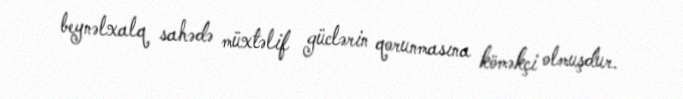
beynəlxalq sahədə müxtəlif güclərin qorunmasına köməkçi olmuşdur.